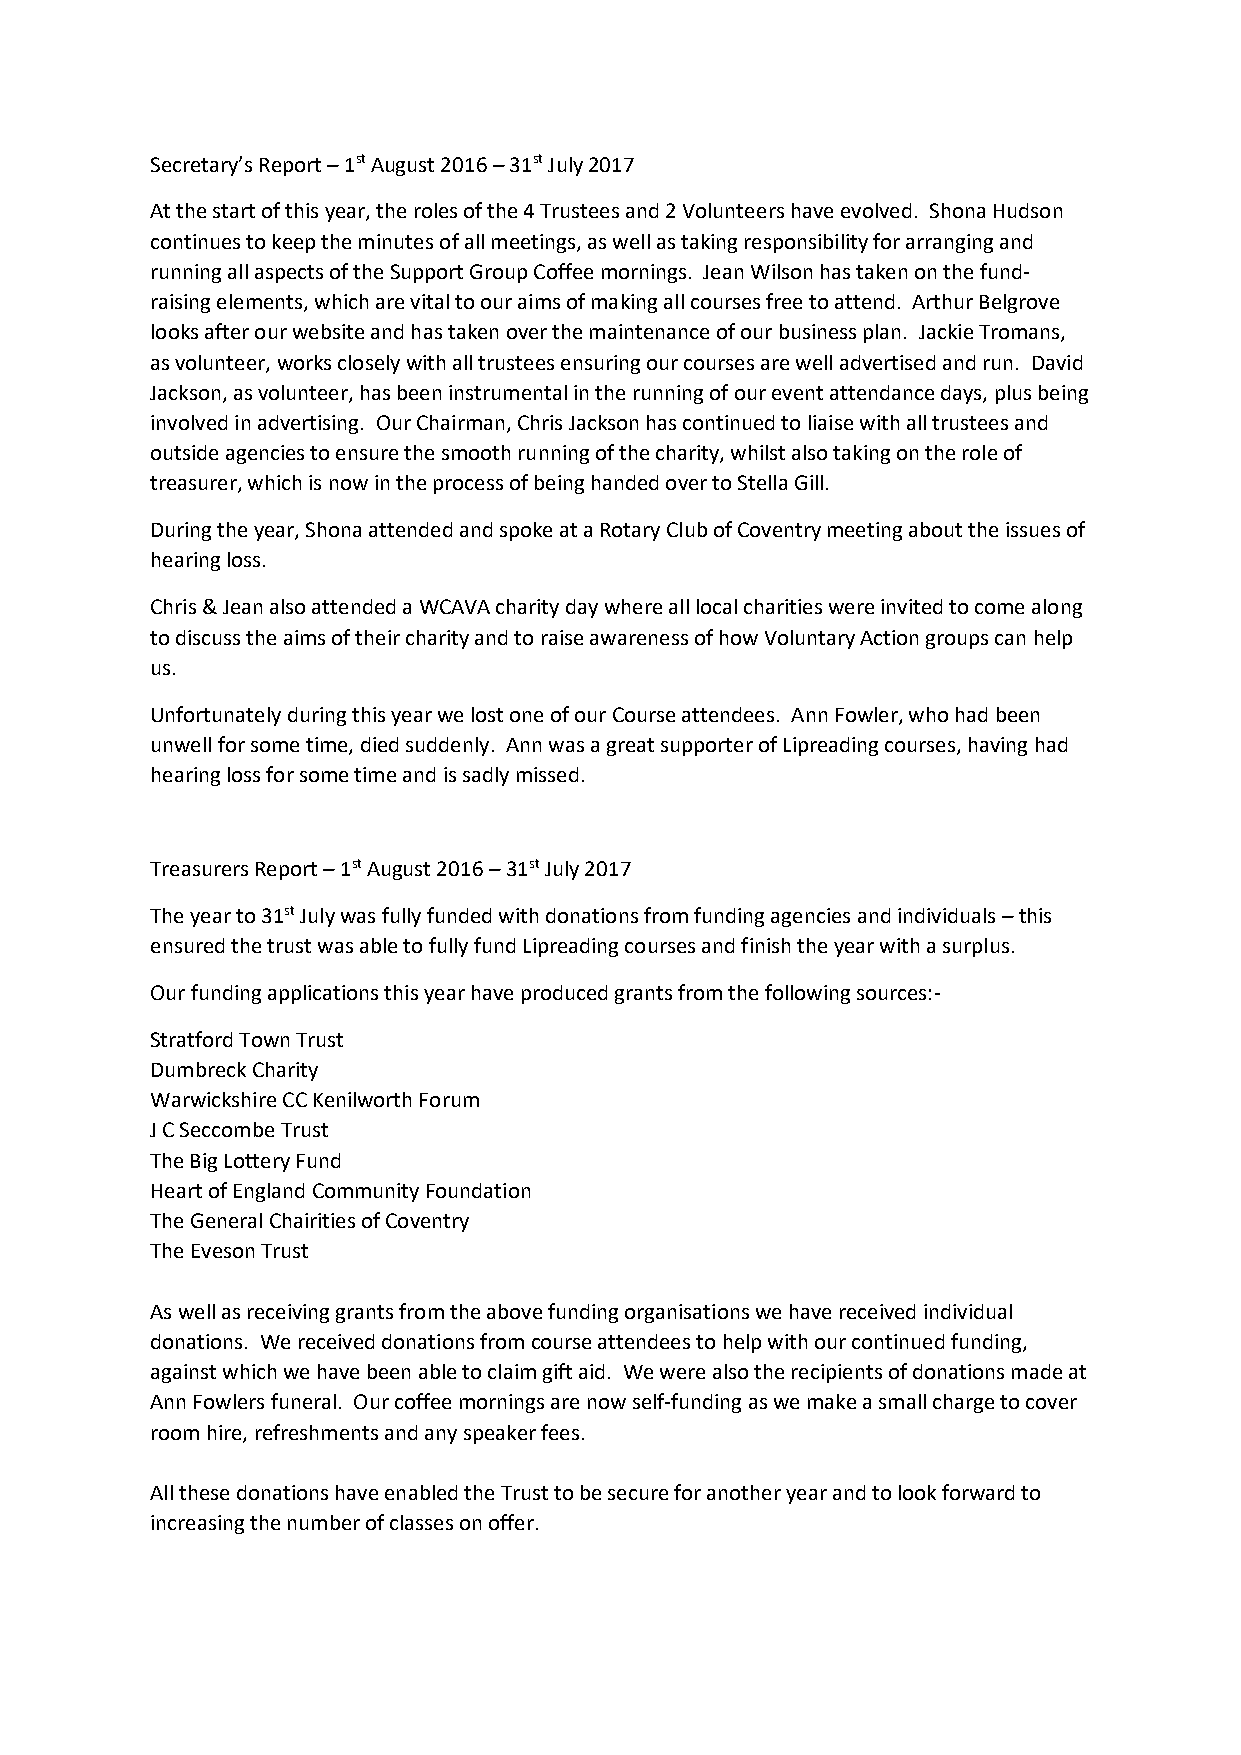
Secretary’s Report – 1st August 2016 – 31st July 2017
 At the start of this year, the roles of the 4 Trustees and 2 Volunteers have evolved. Shona Hudson
 continues to keep the minutes of all meetings, as well as taking responsibility for arranging and
 running all aspects of the Support Group Coffee mornings. Jean Wilson has taken on the fund-
 raising elements, which are vital to our aims of making all courses free to attend. Arthur Belgrove
 looks after our website and has taken over the maintenance of our business plan. Jackie Tromans,
 as volunteer, works closely with all trustees ensuring our courses are well advertised and run. David
 Jackson, as volunteer, has been instrumental in the running of our event attendance days, plus being
 involved in advertising. Our Chairman, Chris Jackson has continued to liaise with all trustees and
 outside agencies to ensure the smooth running of the charity, whilst also taking on the role of
 treasurer, which is now in the process of being handed over to Stella Gill.
 During the year, Shona attended and spoke at a Rotary Club of Coventry meeting about the issues of
 hearing loss.
 Chris & Jean also attended a WCAVA charity day where all local charities were invited to come along
 to discuss the aims of their charity and to raise awareness of how Voluntary Action groups can help
 us.
 Unfortunately during this year we lost one of our Course attendees. Ann Fowler, who had been
 unwell for some time, died suddenly. Ann was a great supporter of Lipreading courses, having had
 hearing loss for some time and is sadly missed.
 Treasurers Report – 1st August 2016 – 31st July 2017
 The year to 31st July was fully funded with donations from funding agencies and individuals – this
 ensured the trust was able to fully fund Lipreading courses and finish the year with a surplus.
 Our funding applications this year have produced grants from the following sources:-
 Stratford Town Trust
 Dumbreck Charity
 Warwickshire CC Kenilworth Forum
 J C Seccombe Trust
 The Big Lottery Fund
 Heart of England Community Foundation
 The General Chairities of Coventry
 The Eveson Trust
 As well as receiving grants from the above funding organisations we have received individual
 donations. We received donations from course attendees to help with our continued funding,
 against which we have been able to claim gift aid. We were also the recipients of donations made at
 Ann Fowlers funeral. Our coffee mornings are now self-funding as we make a small charge to cover
 room hire, refreshments and any speaker fees.
 All these donations have enabled the Trust to be secure for another year and to look forward to
 increasing the number of classes on offer.